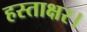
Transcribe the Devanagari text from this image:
हस्ताक्षर।